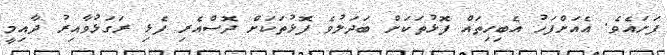
ފަށައެވެ. އެއަށްފަހު އެބިހިތައް ފޮޅުތަކަށް ބަދަލުވެ ފޮޅުތަކަށް ދޮސްއެރި ފެޅި ރަގަޅުވާއިރު ދާއިމީ